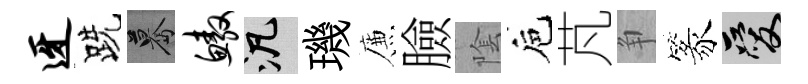
迓跣驀鳌泛璣簾臉隂巵芃争篆爱